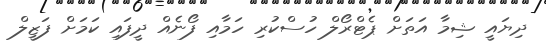
ދިޔައީ ޝިމާ އަތަށް ޕެޓްރޯލް ހުސްކުރި ހަމާއި ފޯނެއް ދީފައި ކަމަށް ފަޒީލް